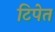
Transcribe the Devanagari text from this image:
टिपेत